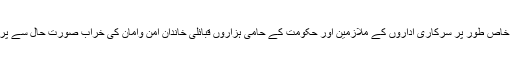
شمالی وزیرستان کی آبادی تقریباََ چار لاکھ ہے تاہم ان میں خاص طور پر سرکاری اداروں کے ملازمین اور حکومت کے حامی ہزاروں قبائلی خاندان امن وامان کی خراب صورت حال سے پریشان ہوکر حالیہ مہینوں میں علاقہ چھوڑ کر جا چکے ہیں۔